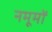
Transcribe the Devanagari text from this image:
नमूमों